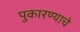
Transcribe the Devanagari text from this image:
पुकारण्याचे